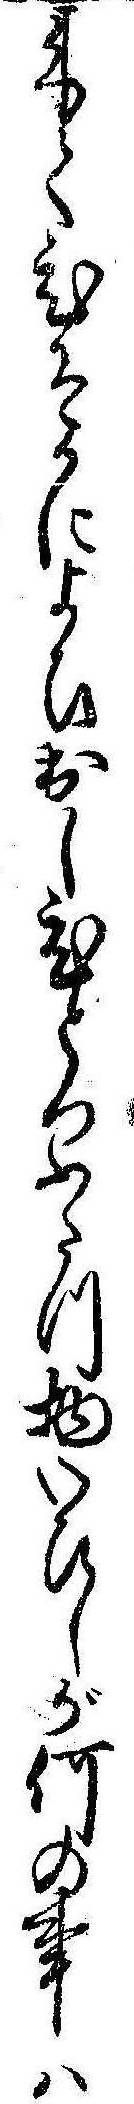
来てひそかによひ出しひとつふたつ物いひしが何の事は